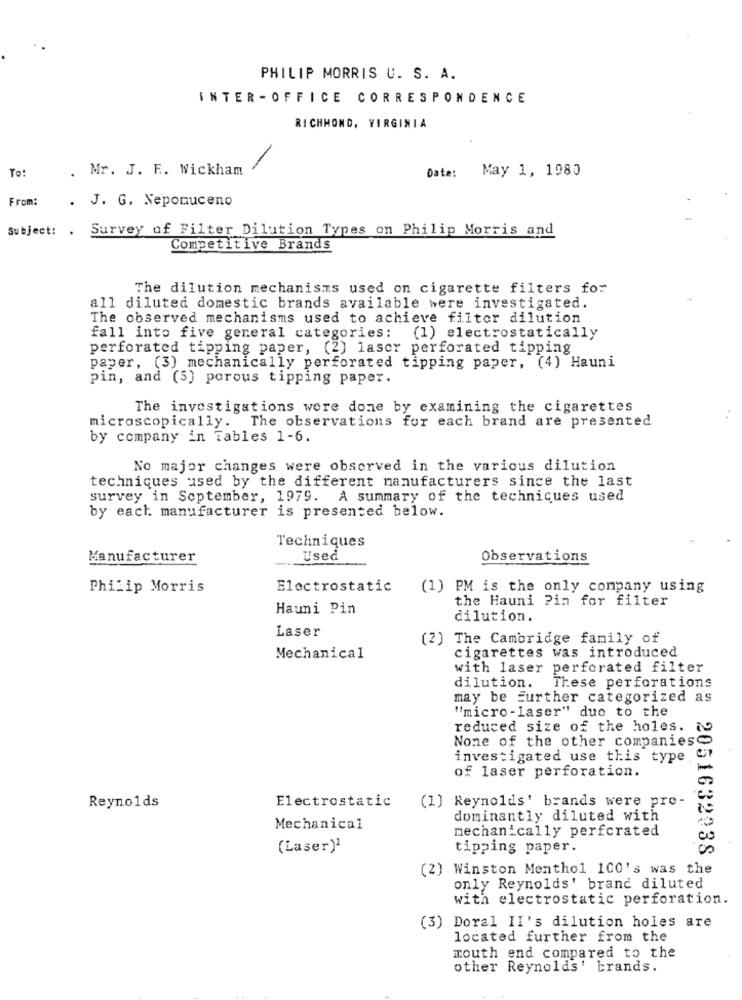
PHILIP MORRIS U. S. A.
INTER -OFFICE CORRESPONDENCE
RICHMOND, VIRGINIA
To!
. Mr. J. F. Wickham
Date: May 1, 1980
From:
. J. G. Nepomuceno
Subject: . Survey of Filter Dilution Types on Philip Morris and
Competitive Brands
The dilution mechanisms used on cigarette filters for
all diluted domestic brands available were investigated.
The observed mechanisms used to achieve filter dilution
fall into five general categories:
(1) electrostatically
perforated tipping paper, (2) laser perforated tipping
paper, (3) mechanically perforated tipping paper, (4) Hauni
pin, and (5) porous tipping paper.
The investigations were done by examining the cigarettes
microscopically. The observations for each brand are presented
by company in Tables 1-6.
No major changes were observed in the various dilution
techniques used by the different manufacturers since the last
survey in September, 1979. A summary of the techniques used
by each manufacturer is presented below.
Techniques
Manufacturer
-
Used
Observations
Philip Morris
Electrostatic
(1) PM is the only company using
the Hauni Pin for filter
Hauni Pin
dilution.
Laser
(2) The Cambridge family of
cigarettes was introduced
Mechanical
with laser perforated filter
dilution. These perforations
may be Further categorized as
"micro-laser" due to the
reduced size of the holes. 79
None of the other companies
investigated use this type.
of laser perforation.
Electrostatic
Reynolds
(1) Reynolds' brands were pro-
dominantly diluted with
Mechanical
mechanically perfcrated
(Laser)'
tipping paper.
(2) Winston Menthol 100's was the
2051632038 %
only Reynolds' brand diluted
with electrostatic perforation.
(3) Doral II's dilution holes are
located further from the
mouth end compared to the
other Reynolds' brands.